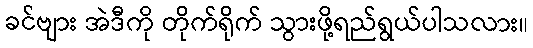
ခင်ဗျား အဲဒီကို တိုက်ရိုက် သွားဖို့ရည်ရွယ်ပါသလား။